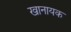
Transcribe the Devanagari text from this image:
खानायक